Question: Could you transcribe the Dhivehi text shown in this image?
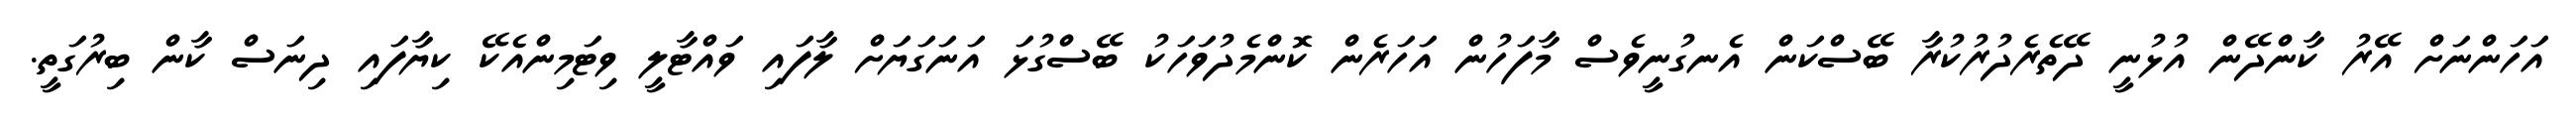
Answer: އަހަންނަށް އޭރު ކާންދޭން އުޅުނީ ދޭތެރެދުރުކުރާ ބޭސްކަން އެނގުނީވެސް މާފަހުން އަހަރެން ކޮންމެދުވަހަކު ބޭސްގުޅަ އަނަގަޔަށް ލާފައި ވައްޓާލީ ވިޓަމިންއެކޭ ކިޔާފައި ދިނަސް ކާން ބިރުގަތީ.